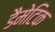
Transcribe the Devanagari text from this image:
डैमेटिक